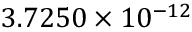
3 . 7 2 5 0 \times 1 0 ^ { - 1 2 }